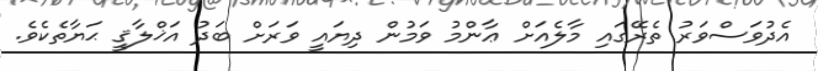
އެދުވަސްވަރު ތެރޭގައި މާލެއަށް ޢާންމު ވަމުން ދިޔައީ ވަރަށް ބަދު އަޚްލާޤީ ޙަޔާތެކެވެ.